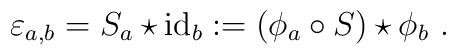
\varepsilon_{a,b} = S_a \star \mathrm{id}_b := (\phi_a \circ S) \star \phi_b~.